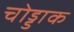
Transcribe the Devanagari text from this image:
चोड्डाक